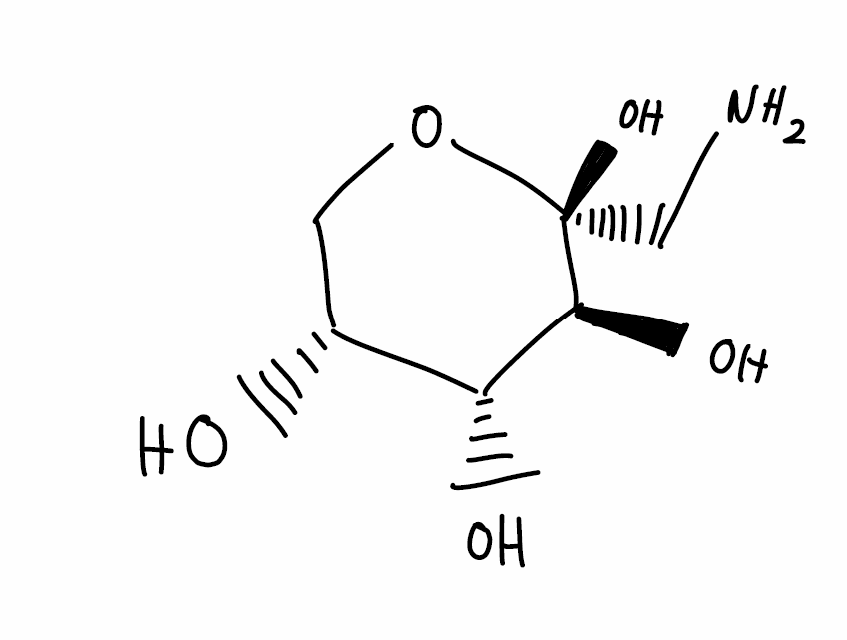
Simplified molecular-input line-entry system (SMILES) notation of the given molecule:
C1[C@H]([C@H]([C@@H]([C@](O1)(CN)O)O)O)O